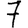
Digit: 7